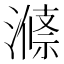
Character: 𱨶